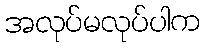
အလုပ်မလုပ်ပါက